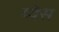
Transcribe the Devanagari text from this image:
य्वेस